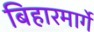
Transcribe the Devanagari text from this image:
बिहारमार्गे